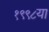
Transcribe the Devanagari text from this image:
१९९८या